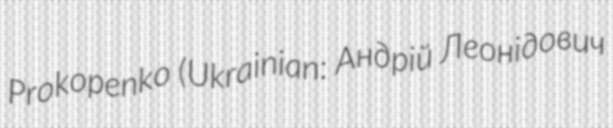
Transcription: Prokopenko (Ukrainian: Андрій Леонідович